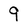
Character: 9